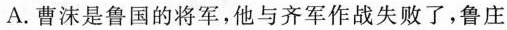
A. 曹沫是鲁国的将军，他与齐军作战失败了，鲁庄